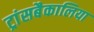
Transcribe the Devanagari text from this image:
ट्रांसबैकालिया